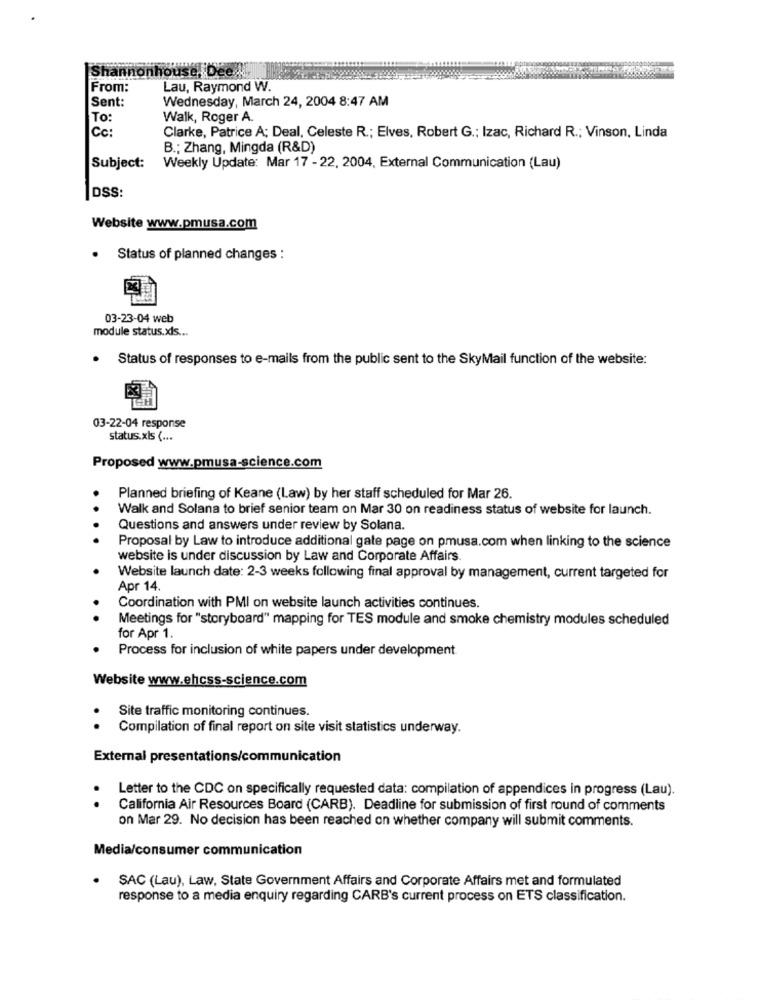
Shannonhouse, Dee
From:
Lau, Raymond W.
Sent:
Wednesday, March 24, 2004 8:47 AM
To:
Walk, Roger A.
Cc:
Clarke, Patrice A; Deal, Celeste R .; Elves, Robert G .: Izac, Richard R .; Vinson, Linda
B .; Zhang, Mingda (R&D)
Subject:
Weekly Update: Mar 17 - 22, 2004, External Communication (Lau)
DSS:
Website www.pmusa.com
.
Status of planned changes :
03-23-04 web
module status.xls ...
Status of responses to e-mails from the public sent to the SkyMail function of the website:
03-22-04 response
status.xls ( ...
Proposed www.pmusa-science.com
Planned briefing of Keane (Law) by her staff scheduled for Mar 26.
Walk and Solana to brief senior team on Mar 30 on readiness status of website for launch.
Questions and answers under review by Solana.
Proposal by Law to introduce additional gate page on pmusa.com when linking to the science
website is under discussion by Law and Corporate Affairs.
Website launch date: 2-3 weeks following final approval by management, current targeted for
Apr 14.
Coordination with PMI on website launch activities continues.
Meetings for "storyboard" mapping for TES module and smoke chemistry modules scheduled
for Apr 1.
Process for inclusion of white papers under development
Website www.ehcss-science.com
Site traffic monitoring continues.
. .
Compilation of final report on site visit statistics underway.
External presentations/communication
Letter to the CDC on specifically requested data: compilation of appendices in progress (Lau).
.
California Air Resources Board (CARB). Deadline for submission of first round of comments
on Mar 29. No decision has been reached on whether company will submit comments.
Media/consumer communication
SAC (Lau), Law, State Government Affairs and Corporate Affairs met and formulated
response to a media enquiry regarding CARB's current process on ETS classification.